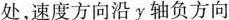
处，速度方向沿y轴负方向